Report on malaria in the Punjab during the year ...  together with an account of the work of the Punjab Malaria Bureau - Volume 6
Disease focus: Malaria
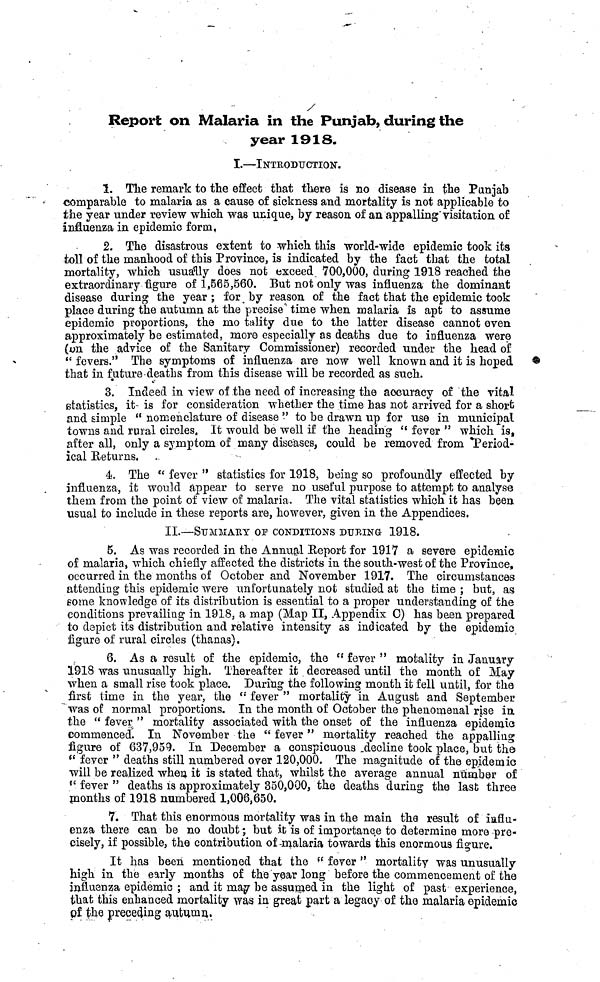
Report on Malaria in the Punjab, during the
year 1913.
I.—INTRODUCTION 1 .
1. The remark to the effect that there is no disease in the Punjab
comparable to malaria as a cause of sickness and mortality is not applicable to
the year under review which was unique, by reason of an appalling'visitation of
influenza in epidemic form,
2. The disastrous extent to which this world-wide epidemic took its
toll of the manhood of this Province, is indicated by the fact that the total
mortality, which usually does not exceed 700,000, during 1918 reached the
extraordinary figure of 1,565,560. But not only was influenza the dominant
disease during the year ; for ^ by reason of the fact that the epidemic took
place during the autumn at the precise* time when malaria is apt to assume
epidemic proportions, the mo tality due to the latter disease cannot even
approximately be estimated, more especially as deaths due to influenza were
(on the advice of the Sanitary Commissioner) recorded under the head of
" fevers." The symptoms of influenza are now well known and it is hoped
that in future-deaths from this disease will be recorded as such.
3. Indeed in view of the need of increasing the accuracy of the vital
statistics, it- is for consideration whether the time has not arrived for a short
and simple " nomenclature of disease ' -' to be drawn up for use in municipal
towns and rural circles. It would be well if the heading " fever " which is,
after all, only a symptom of many diseases, could be removed from *Period-
ical Returns.
4. The " fever " statistics for 1918, being so profoundly effected by
influenza, it would appear to serye no useful purpose to attempt to analyse
them from the point of view of malaria. The vital statistics which it has been,
usual to include in these reports are, however, given in the Appendices.
II.—SUMMARY OE CONDITIONS DURING- 1918.
5. As was recorded in the Annual Report for 1917 a severe epidemic
of malaria, which chiefly affected the districts in the south-west of the Province,
occurred in the months of October and November 1917. The circumstances
attending this epidemic were unfortunately not studied at the time ; but, as
eome knowledge of its distribution is essential to a proper understanding of the
conditions prevailing in 1918, a map (Map II, Appendix O) has been prepared
to depict its distribution and relative intensity as indicated by the epidemic
figure of rural circles (thanas).
6. As a result of the epidemic, the ct fever " motality in January
1918 was unusually high. Thereafter it. decreased until the month of May
when a small rise took place. During the following month it fell until, for the
first time in the year, the " fever " mortality in August and September,
was of normal proportions. In the month of October the phenomenal rise in,
the " fever " mortality associated with the onset of the influenza epidemic
commenced. In November the " fever" mortality reached the appalling
figure of 637,959. In December a conspicuous ^decline took place, but the
(t fever " deaths still numbered over 120,000. The magnitude of the epidemic
will be realized when it is stated that, whilst the average annual number of
fl fever " deaths is approximately 350,000, the deaths during the last three
months of 1918 numbered 1,006,650.
7. That this enormous mortality was in the main the result of influ-
enza there can be no doubt; but it is of importance to determine more -pre-
cisely, if possible, the contribution of-malaria towards this enormous figure.
It has been mentioned that the * f fever " mortality was unusually
high in the early months of the year long before the commencement of the
influenza epidemic ; and it magr be assumed in the light of past experience,
that this enhanced mortality was in great part a legacy of the malaria epidemic
pf the preceding autumn.